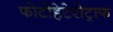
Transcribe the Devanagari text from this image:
फोटोहेटेरोट्राफ